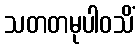
သတတမုပါဝသိံ